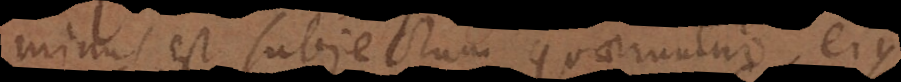
s est subjectum quaeruntur ejus